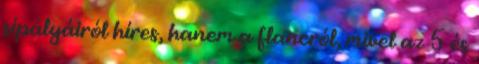
sípályáiról híres, hanem a flancról, mivel az 5 és